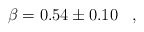
\begin{align*}\beta=0.54 \pm 0.10\,\,\,\,\,,\,\,\,\,\,\end{align*}